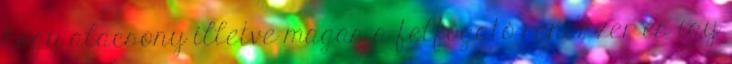
hogy alacsony illetve magas a felfogató rendszer és így